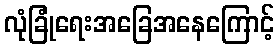
လုံခြုံရေးအခြေအနေကြောင့်